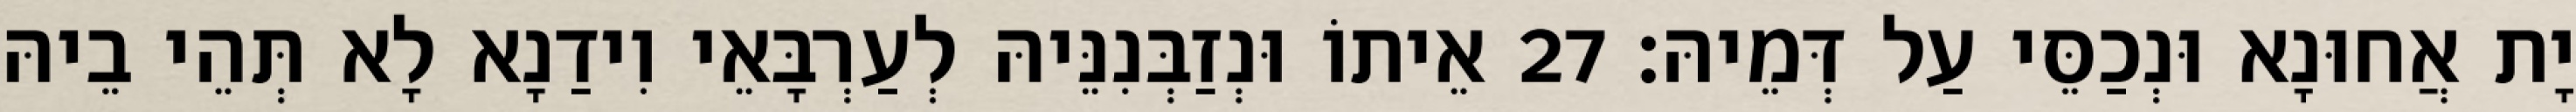
יָת אֲחוּנָא וּנְכַסֵּי עַל דְּמֵיהּ׃ 27 אֵיתוֹ וּנְזַבְּנִנֵּיהּ לְעַרְבָּאֵי וִידַנָא לָא תְּהֵי בֵיהּ